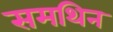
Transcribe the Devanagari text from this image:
समथिन